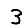
Digit: 3